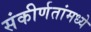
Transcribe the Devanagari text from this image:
संकीर्णतांमध्ये